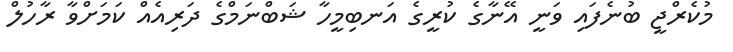
މުކެރްޖީ ބުނެފައި ވަނީ އޭނާގެ ކުރީގެ އަނބިމީހާ ޝަބްނަމްގެ ދަރިއެއް ކަމަށްވާ ރާހުލް